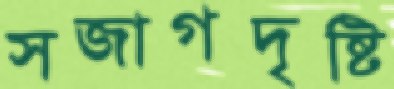
সজাগদৃষ্টি